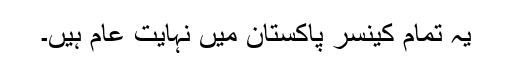
یہ تمام کینسر پاکستان میں نہایت عام ہیں۔